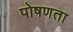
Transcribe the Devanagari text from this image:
पोषणता